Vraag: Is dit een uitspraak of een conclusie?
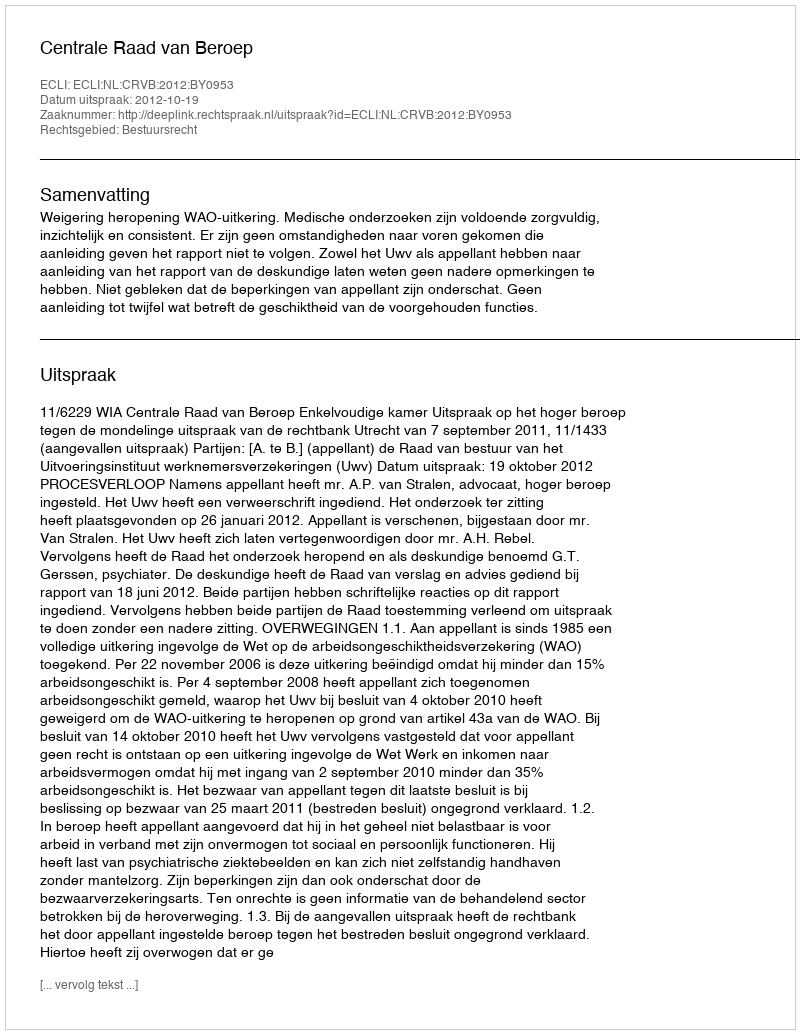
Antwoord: Uitspraak